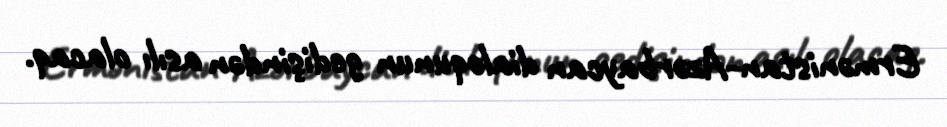
Ermənistan-Azərbaycan dialoqunun gedişindən asılı olacaq.